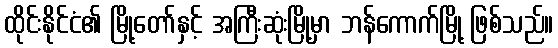
ထိုင်းနိုင်ငံ၏ မြို့တော်နှင့် အကြီးဆုံးမြို့မှာ ဘန်ကောက်မြို့ ဖြစ်သည်။